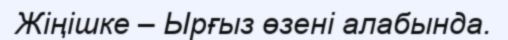
Жіңішке – Ырғыз өзені алабында.